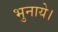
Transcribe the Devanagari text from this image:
भुनाये।